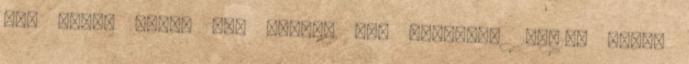
sok ember által nem láttam még mívelni. 100-150 ember